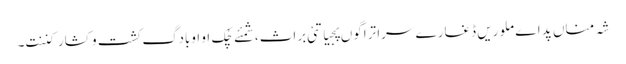
شہ مناں پد اے ملوریں ڈغارے سرا تراگوں پجیاتئی براث،شمئے چُک او اوبادگ کشت و کشار کننت۔